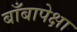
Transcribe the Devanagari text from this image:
बाँबापेक्षा